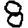
Digit: 8